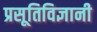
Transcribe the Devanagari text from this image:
प्रसूतिविज्ञानी